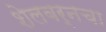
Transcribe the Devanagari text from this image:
शेलबर्नचा